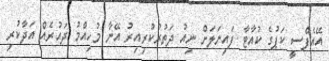
އޭއެފްސީ ކަޕުގެ ކުއާޓާ ފައިނަލަށް ނިއު ދަތުރުކުރިއިރު އޭނާ މުހިއްމު ދައުރެއް އަދާކުރި